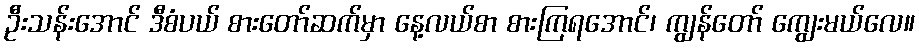
ဦးသန်းအောင် ဒီစံပယ် စားတော်ဆက်မှာ နေ့လယ်စာ စားကြရအောင်၊ ကျွန်တော် ကျွေးမယ်လေ။